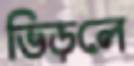
ভিড়লে